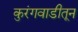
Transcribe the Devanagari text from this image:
कुरंगवाडीतून